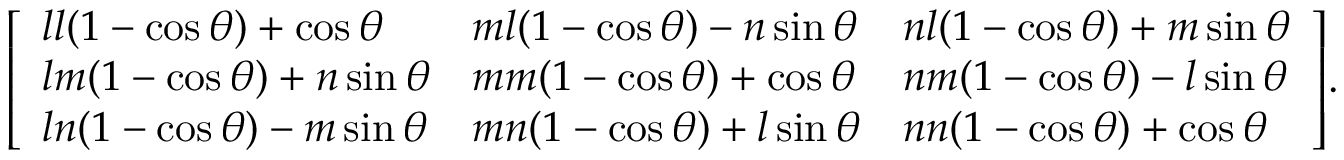
{ \left[ \begin{array} { l l l } { l l ( 1 - \cos \theta ) + \cos \theta } & { m l ( 1 - \cos \theta ) - n \sin \theta } & { n l ( 1 - \cos \theta ) + m \sin \theta } \\ { l m ( 1 - \cos \theta ) + n \sin \theta } & { m m ( 1 - \cos \theta ) + \cos \theta } & { n m ( 1 - \cos \theta ) - l \sin \theta } \\ { l n ( 1 - \cos \theta ) - m \sin \theta } & { m n ( 1 - \cos \theta ) + l \sin \theta } & { n n ( 1 - \cos \theta ) + \cos \theta } \end{array} \right] } .